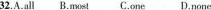
32.A.all B.most C.one D.none